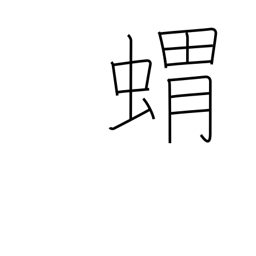
Meaning: hedgehog